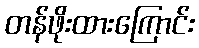
တန်ဖိုးထားကြောင်း